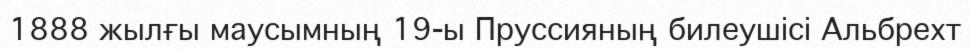
1888 жылғы маусымның 19-ы Пруссияның билеушісі Альбрехт